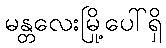
မန္တလေးမြို့ပေါ်ရှိ